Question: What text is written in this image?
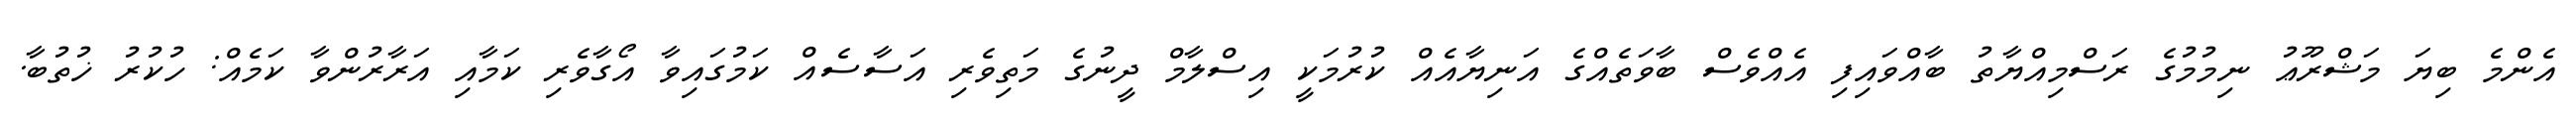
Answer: އެންމެ ބިޔަ މަޝްރޫޢު ނިމުމުގެ ރަސްމިއްޔާތު ބާއްވައިފި އެއްވެސް ބާވަތެއްގެ އަނިޔާއެއް ކުރުމަކީ އިސްލާމް ދީނުގެ މަތިވެރި އަސާސެއް ކަމުގައިވާ އޯގާވެރި ކަމާއި އަރާރުންވާ ކަމެއް: ހުކުރު ޚުތުބާ.